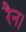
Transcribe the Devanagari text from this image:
रैन।